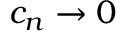
c _ { n } \rightarrow 0